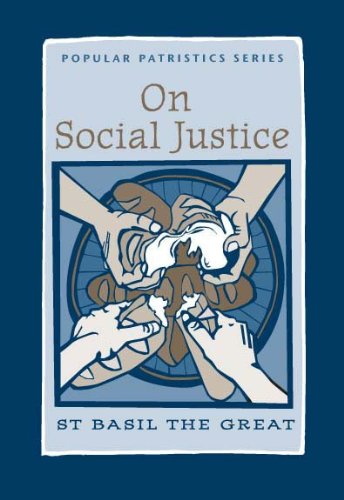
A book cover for On Social Justice: St. Basil the Great (Popular Patristics); C. Paul Schroeder; Christian Books & Bibles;